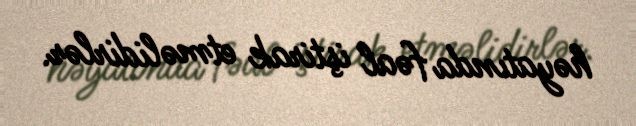
həyatında fəal iştirak etməlidirlər.